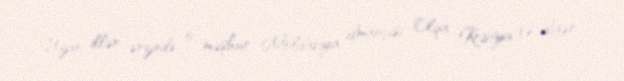
Uzun illər ərzində o, məşhur Moldaviya idmançısı Olqa Kristya və digər